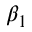
\beta _ { 1 }